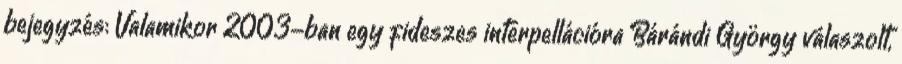
bejegyzés: Valamikor 2003-ban egy fideszes interpellációra Bárándi György válaszolt,